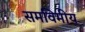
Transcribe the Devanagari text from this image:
समविमीय